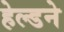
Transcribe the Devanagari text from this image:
हेल्डने